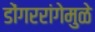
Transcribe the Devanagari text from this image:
डोंगररांगेमुळे